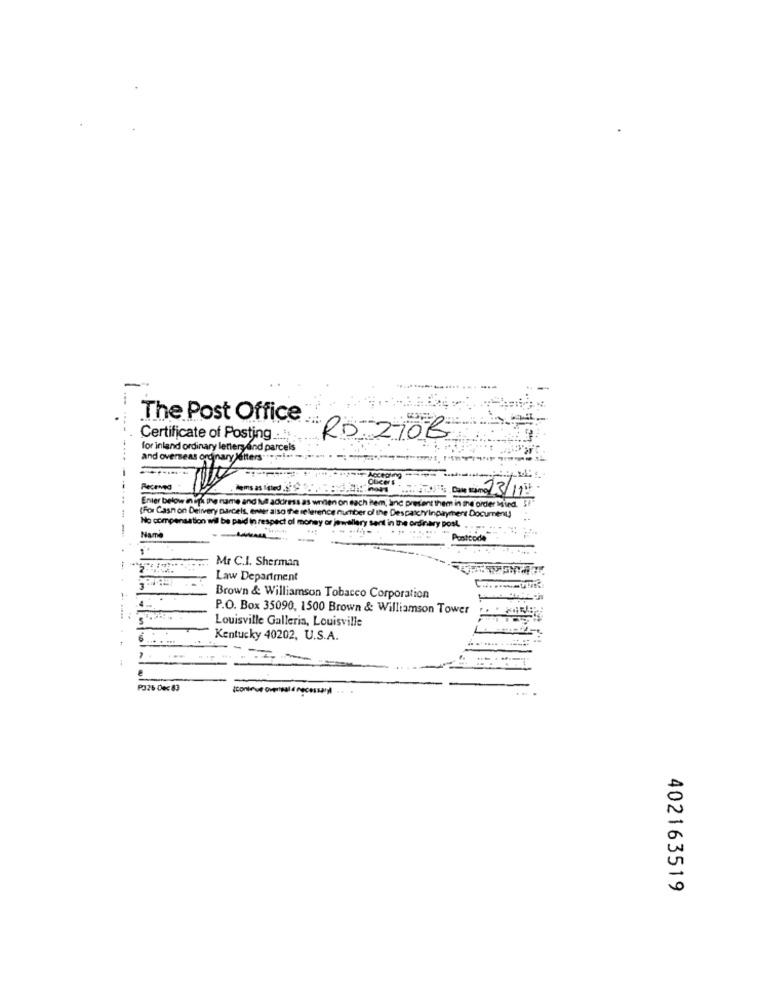
-
The Post Office
Certificate of Posting ....
RD210B
for inland ordinary lettersand parcels
and overseas ordinary letters
Accepting
Pecemed
BEI: Date samo 13/11
Enter below in iph ing name and Mu address as wnilen on each hem, and present them in the order Mind. $
23/11
(For Cash on Delivery parcels, enter also the relete
(For Cashon Delivery parcels, enter aiso the relerence number of the DespatchYinpayment Document
ro the Despatchyl
No compensation wil be paid in respect
money
y senil in De
Byment Document)
-
y DOML
Name
Postcode
Mr C.I. Sherman
Law Department
Brown & Williamson Tobacco Corporation
4 -..
P.O. Box 35090, 1500 Brown & Williamson Tower
Louisville Galleria, Louisville
-
Kentucky 40202, U.S.A.
P326 00< 83
Icontrue overpal & necessary
402163519